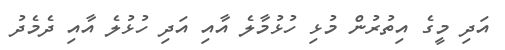
އަދި މީގެ އިތުރުން މުޅި ހުޅުމާލެ އާއި އަދި ހުޅުލެ އާއި ދެމެދު